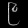
Digit: ၉